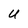
Character: U